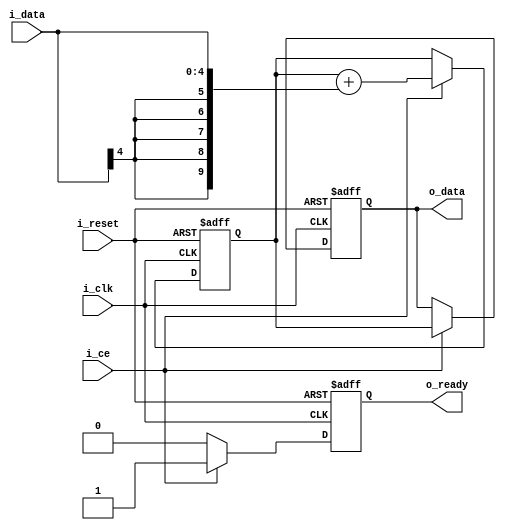
module integrator(
    input wire              i_clk,
    input wire              i_reset,
    input wire              i_ce,
    input wire signed [IW-1:0] i_data,
    output reg signed [OW-1:0] o_data,
    output reg              o_ready
);

parameter IW = 5, OW = 10;

reg signed [OW-1:0] accumulator = {OW{1'b0}};

always @(posedge i_clk or posedge i_reset) begin
    if (i_reset) begin
        accumulator <= {OW{1'b0}};
        o_data <= {OW{1'b0}};
        o_ready <= 1'b0;
    end else if (i_ce) begin
        accumulator <= accumulator + {{(OW-IW){i_data[IW-1]}}, i_data};  // Sign extend and accumulate
        o_data <= accumulator;
        o_ready <= 1'b1;
    end else begin
        o_ready <= 1'b0;  // Maintain previous output data unless reset or clock enabled
    end
end

//----------------------------- 
// For simulation only
//----------------------------- 
initial begin
    $dumpfile("integrator_waves.vcd");
    $dumpvars(0, integrator);
end

endmodule